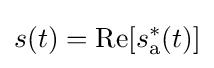
s(t)=\operatorname {Re} [s_{\mathrm {a} }^{*}(t)]